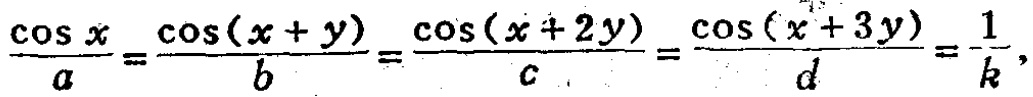
\(\frac{\cos x}{a}=\frac{\cos(x + y)}{b}=\frac{\cos(x + 2y)}{c}=\frac{\cos(x + 3y)}{d}=\frac{1}{k}\)